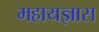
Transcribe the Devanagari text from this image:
महायज्ञास